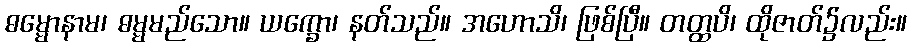
ဓမ္မောနာမ၊ ဓမ္မမည်သော။ ယက္ခော၊ နတ်သည်။ အဟောသိ၊ ဖြစ်ပြီ။ တတ္ထပိ၊ ထိုဇာတ်၌လည်း။